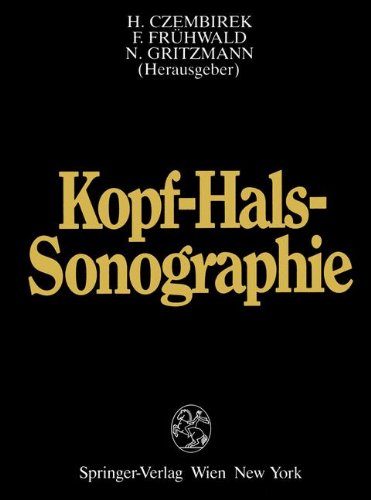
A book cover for Kopf-Hals-Sonographie (German Edition); Medical Books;